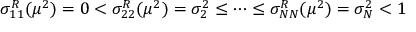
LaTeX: \sigma _ { 1 1 } ^ { R } ( \mu ^ { 2 } ) = 0 < \sigma _ { 2 2 } ^ { R } ( \mu ^ { 2 } ) = \sigma _ { 2 } ^ { 2 } \leq \dots \leq \sigma _ { N N } ^ { R } ( \mu ^ { 2 } ) = \sigma _ { N } ^ { 2 } < 1